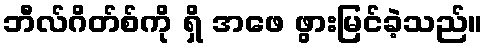
ဘီလ်ဂိတ်စ်ကို ရှိ အဖေ ဖွားမြင်ခဲ့သည်။